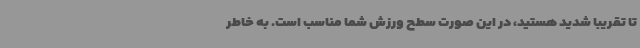
تا تقریبا شدید هستید، در این صورت سطح ورزش شما مناسب است. به خاطر